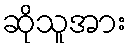
ဆိုသူအား